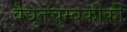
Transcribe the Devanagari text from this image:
वैद्युतचुम्बकीकी